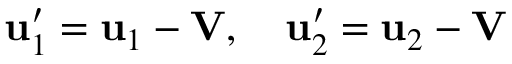
\mathbf { u } _ { 1 } ^ { \prime } = \mathbf { u } _ { 1 } - \mathbf { V } , \quad \mathbf { u } _ { 2 } ^ { \prime } = \mathbf { u } _ { 2 } - \mathbf { V }